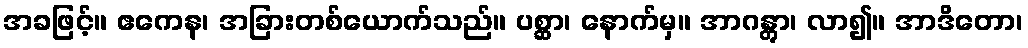
အခဖြင့်။ ဧကေန၊ အခြားတစ်ယောက်သည်။ ပစ္ဆာ၊ နောက်မှ။ အာဂန္တွာ၊ လာ၍။ အာဒိတော၊